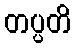
တပ္ပတိ